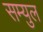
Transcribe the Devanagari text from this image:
सम्युल